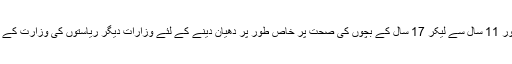
حمل، زچگی، نوزائیدہ بچوں کی صحت اور 11 سال سے لیکر 17 سال کے بچوں کی صحت پر خاص طور پر دھیان دینے کے لئے وزارات دیگر ریاستوں کی وزارت کے صحت کے ساتھ مل کر کام کر رہی ہے۔